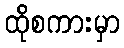
ထိုစကားမှာ